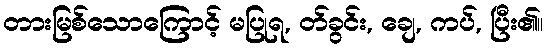
တားမြစ်သောကြောင့် မပြုရ, တ်ခွင်း, ချေ, ကပ်, ပြီး၏။